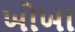
ખોખા